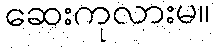
ဆေးကုလားမ။